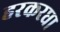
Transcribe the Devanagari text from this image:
हरकरघा